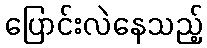
ပြောင်းလဲနေသည့်